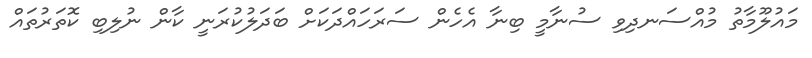
މައުލޫމާތު މުއްސަނދިވި ސުނާމީ ބިނާ އެހެން ސަރަހައްދަކަށް ބަދަލުކުރަނީ ކާން ނުލިބި ކޮތަރުތައް